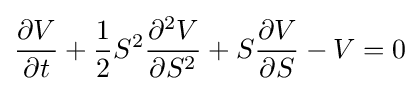
{\frac {\partial V}{\partial t}}+{\frac {1}{2}}S^{2}{\frac {\partial ^{2}V}{\partial S^{2}}}+S{\frac {\partial V}{\partial S}}-V=0